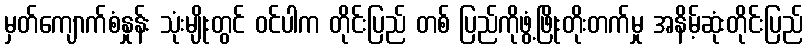
မှတ်ကျောက်စံနှုန်း သုံးမျိုးတွင် ဝင်ပါက တိုင်းပြည် တစ် ပြည်ကိုဖွံ့ဖြိုးတိုးတက်မှု အနိမ့်ဆုံးတိုင်းပြည်